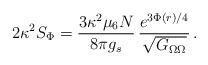
LaTeX: \begin{align*}2\kappa^2 S_\Phi={{3\kappa^2\mu_6N}\over{8\pi g_s}}\,{{e^{3\Phi(r)/4}}\over{\sqrt{G_{\Omega\Omega}}}} \,.\end{align*}